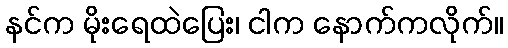
နင်က မိုးရေထဲပြေး၊ ငါက နောက်ကလိုက်။